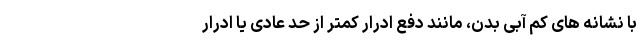
با نشانه های کم آبی بدن، مانند دفع ادرار کمتر از حد عادی یا ادرار